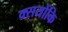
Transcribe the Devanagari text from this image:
क्सयोंकि